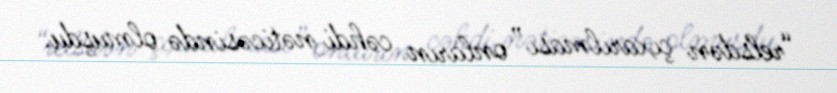
“relsdən çıxarılması” onların cəhdi nəticəsində olmuşdu.